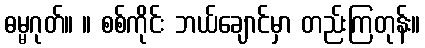
ဓမ္မဂုတ်။ ။ စစ်ကိုင်း ဘယ်ချောင်မှာ တည်းကြတုန်း။